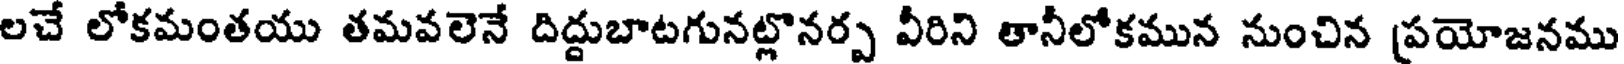
లచే లోకమంతయు తమవలెనే దిద్దుబాటగునట్లొనర్ప వీరిని తానీలోకమున నుంచిన ప్రయోజనము